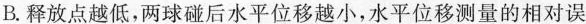
B.释放点越低，两球碰后水平位移越小,水平位移测量的相对误